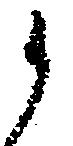
候